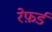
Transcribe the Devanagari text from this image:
रेफ़र्ड